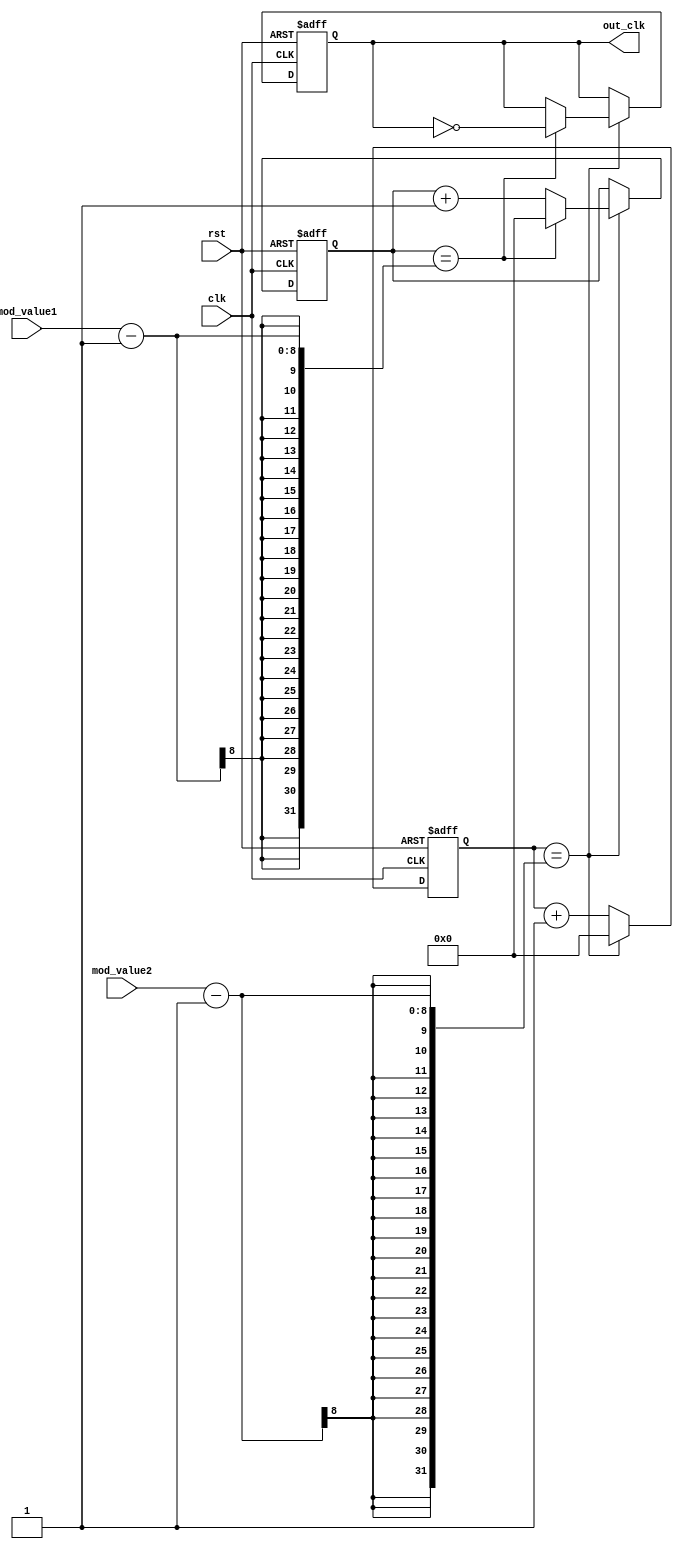
module dual_modulus_clock_divider (
    input wire clk,               // input clock signal
    input wire rst,               // reset signal
    input wire [7:0] mod_value1,  // modulus value 1
    input wire [7:0] mod_value2,  // modulus value 2
    output reg out_clk           // output divided clock signal
);

reg [7:0] count1;
reg [7:0] count2;

always @(posedge clk or posedge rst) begin
    if (rst) begin
        count1 <= 8'b0;
        count2 <= 8'b0;
        out_clk <= 1'b0;
    end else begin
        if (count2 == mod_value2 - 1) begin
            count2 <= 8'b0;
            if (count1 == mod_value1 - 1) begin
                count1 <= 8'b0;
                out_clk <= ~out_clk;
            end else begin
                count1 <= count1 + 1;
            end
        end else begin
            count2 <= count2 + 1;
        end
    end
end

endmodule